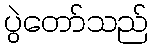
ပွဲတော်သည်